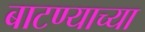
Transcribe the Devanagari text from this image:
बाटण्याच्या